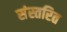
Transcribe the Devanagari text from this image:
संस्तरित